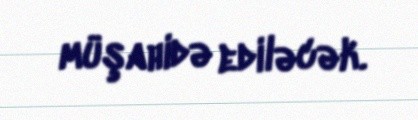
müşahidə ediləcək.